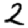
Digit: 2